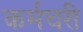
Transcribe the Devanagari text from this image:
कर्मचरी